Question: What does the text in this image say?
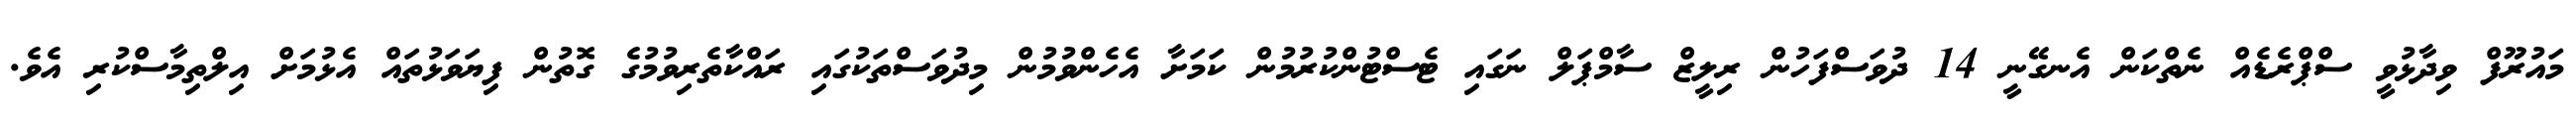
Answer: މައުރޫފް ވިދާޅުވީ ސްޕްރެޑެއް ނެތްކަން އެނގޭނީ 14 ދުވަސްފަހުން ރިލީޒް ސާމްޕަލް ނަގައި ޓެސްޓުންކުރުމުން ކަމަށާ އެހެންވުމުން މިދުވަސްތަކުގައި ރައްކާތެރިވުމުގެ ގޮތުން ފިޔަވަޅުތައް އެޅުމަށް އިލްތިމާސްކުރި އެވެ.